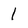
Character: 1